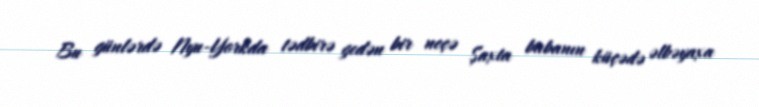
Bu günlərdə Nyu-Yorkda tədbirə gedən bir neçə Şaxta babanın küçədə əlbəyaxa